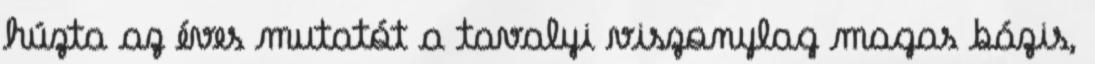
húzta az éves mutatót a tavalyi viszonylag magas bázis,